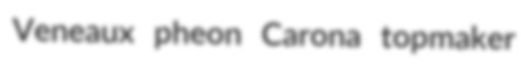
Veneaux pheon Carona topmaker